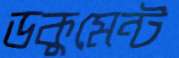
ডকুমেন্ট